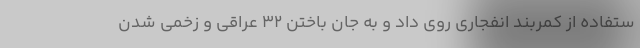
ستفاده از کمربند انفجاری روی داد و به جان باختن ۳۲ عراقی و زخمی شدن